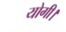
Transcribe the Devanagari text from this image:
योगी।